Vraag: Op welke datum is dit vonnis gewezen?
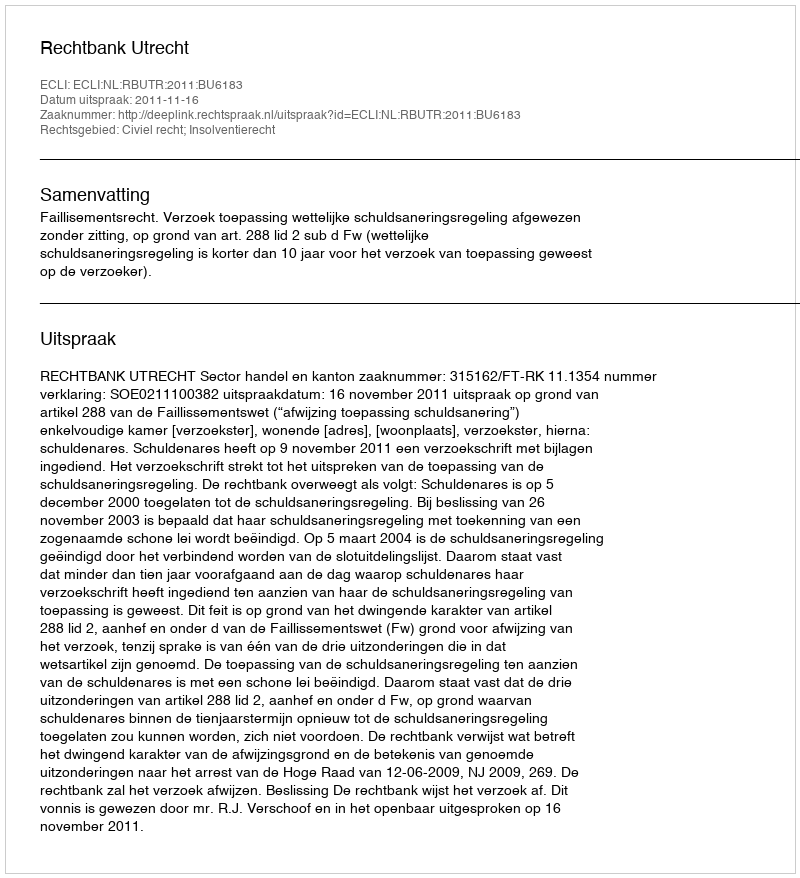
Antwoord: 2011-11-16